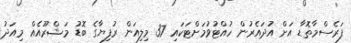
ފަރެސްމާތޮޑާ އަށް އުދައެރުން ހުއްޓުވުމަށްޓަކައި 37 މިލިއަން ރުފިޔާގެ ބޮޑު މަޝްރޫއެއް މިއަދު